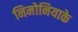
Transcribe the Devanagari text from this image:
निमोनियाके